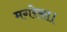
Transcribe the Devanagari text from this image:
मगरेसा।